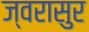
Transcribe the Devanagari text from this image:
ज्वरासुर